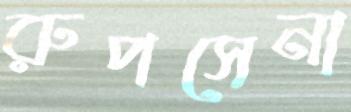
রুপসেনা